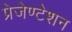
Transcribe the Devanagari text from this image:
प्रेजेण्टेशन